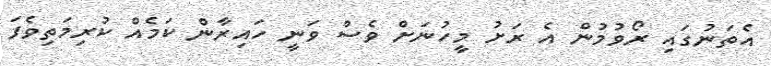
އެތަނުގައި ރޯވުމުން އެ ރަށު މީހުނަށް ވެސް ވަނީ ހައިރާން ކަމެއް ކުރިމަތިވެފަ